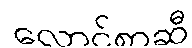
လောင်စာဆီ